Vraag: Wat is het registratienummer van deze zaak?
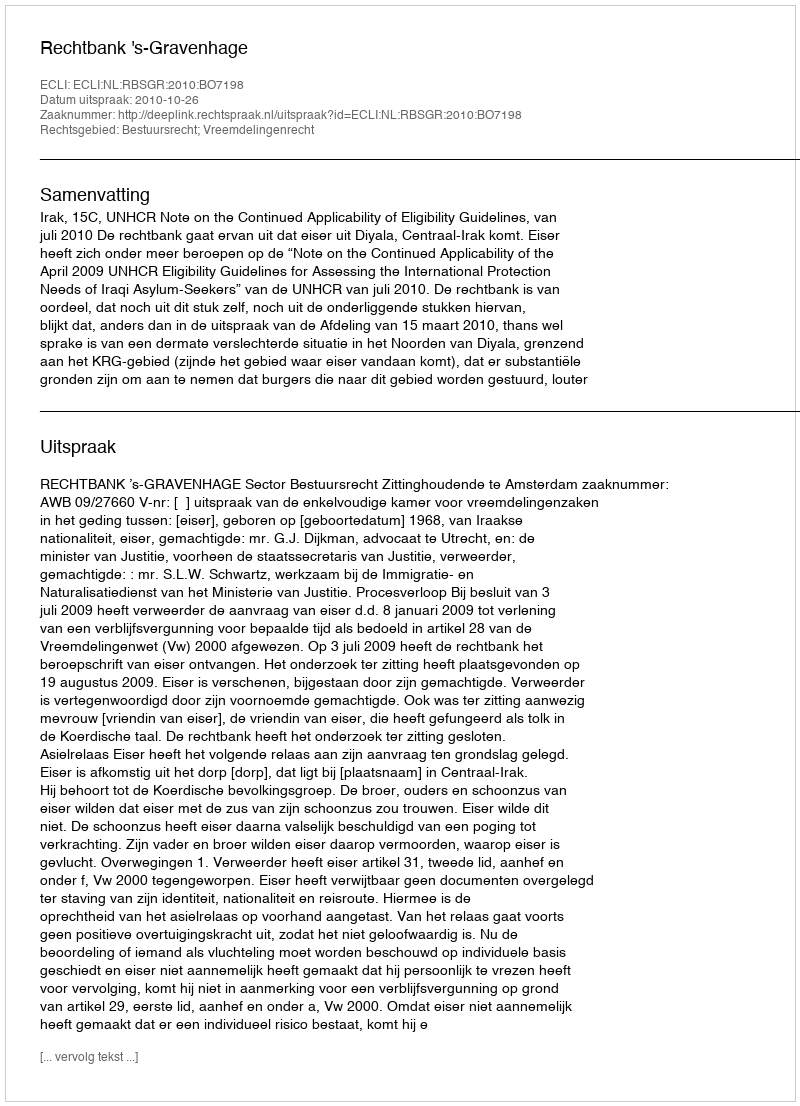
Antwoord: http://deeplink.rechtspraak.nl/uitspraak?id=ECLI:NL:RBSGR:2010:BO7198